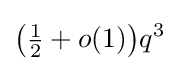
{\bigl (}{\tfrac {1}{2}}+o(1){\bigr )}q^{3}